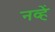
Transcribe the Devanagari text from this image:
नव्हें